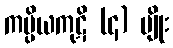
ကပ္ပိယကုဋိ (၄) မျိုး